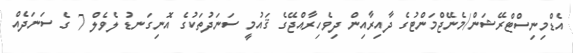
އެޑްމިނިސްޓްރޭޝަން/މެނޭޖްމަންޓުގެ ދާއިރާއިން ދިވެހިރާއްޖޭގެ ޤައުމީ ސަނަދުތަކުގެ އޮނިގަނޑު ލެވެލް 7 ގެ ސަނަދެއް